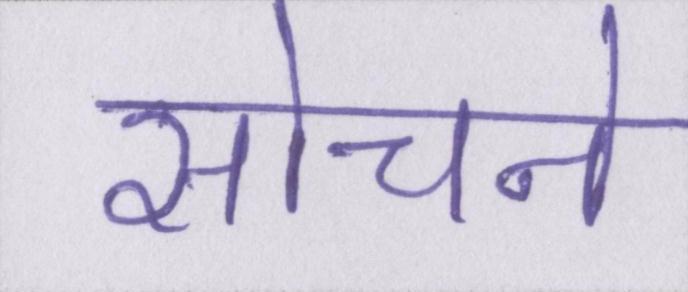
सोचने